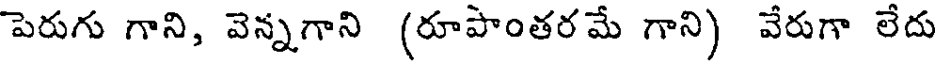
పెరుగు గాని, వెన్నగాని (రూపాంతరమే గాని) వేరుగా లేదు